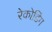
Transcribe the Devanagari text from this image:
रेकोडिंग